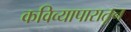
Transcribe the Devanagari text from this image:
कविव्यापारातून